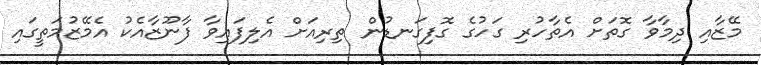
މޭޒާއި ދިމާވާ ގޮތަށް އެތާހުރި ގަހުގެ ގޮފިގަނޑުން ތިރިއަށް އެލިފައިވާ ފާނޫޒާއެކު އެމޭޒުމަތީގައި